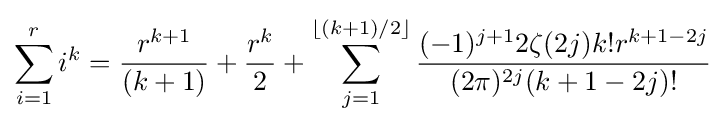
\sum _{i=1}^{r}i^{k}={\frac {r^{k+1}}{(k+1)}}+{\frac {r^{k}}{2}}+\sum _{j=1}^{\lfloor (k+1)/2\rfloor }{\frac {(-1)^{j+1}2\zeta (2j)k!r^{k+1-2j}}{(2\pi )^{2j}(k+1-2j)!}}